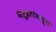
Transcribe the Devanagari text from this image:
जेसुइटांकडून